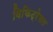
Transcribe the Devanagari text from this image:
विकिट्रेवल